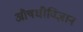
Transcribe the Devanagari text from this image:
औषधीविज्ञान